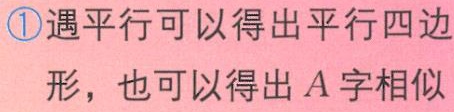
\textcircled{1}遇平行可以得出平行四边

形，也可以得出\(A\)字相似